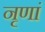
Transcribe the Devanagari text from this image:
नृणां